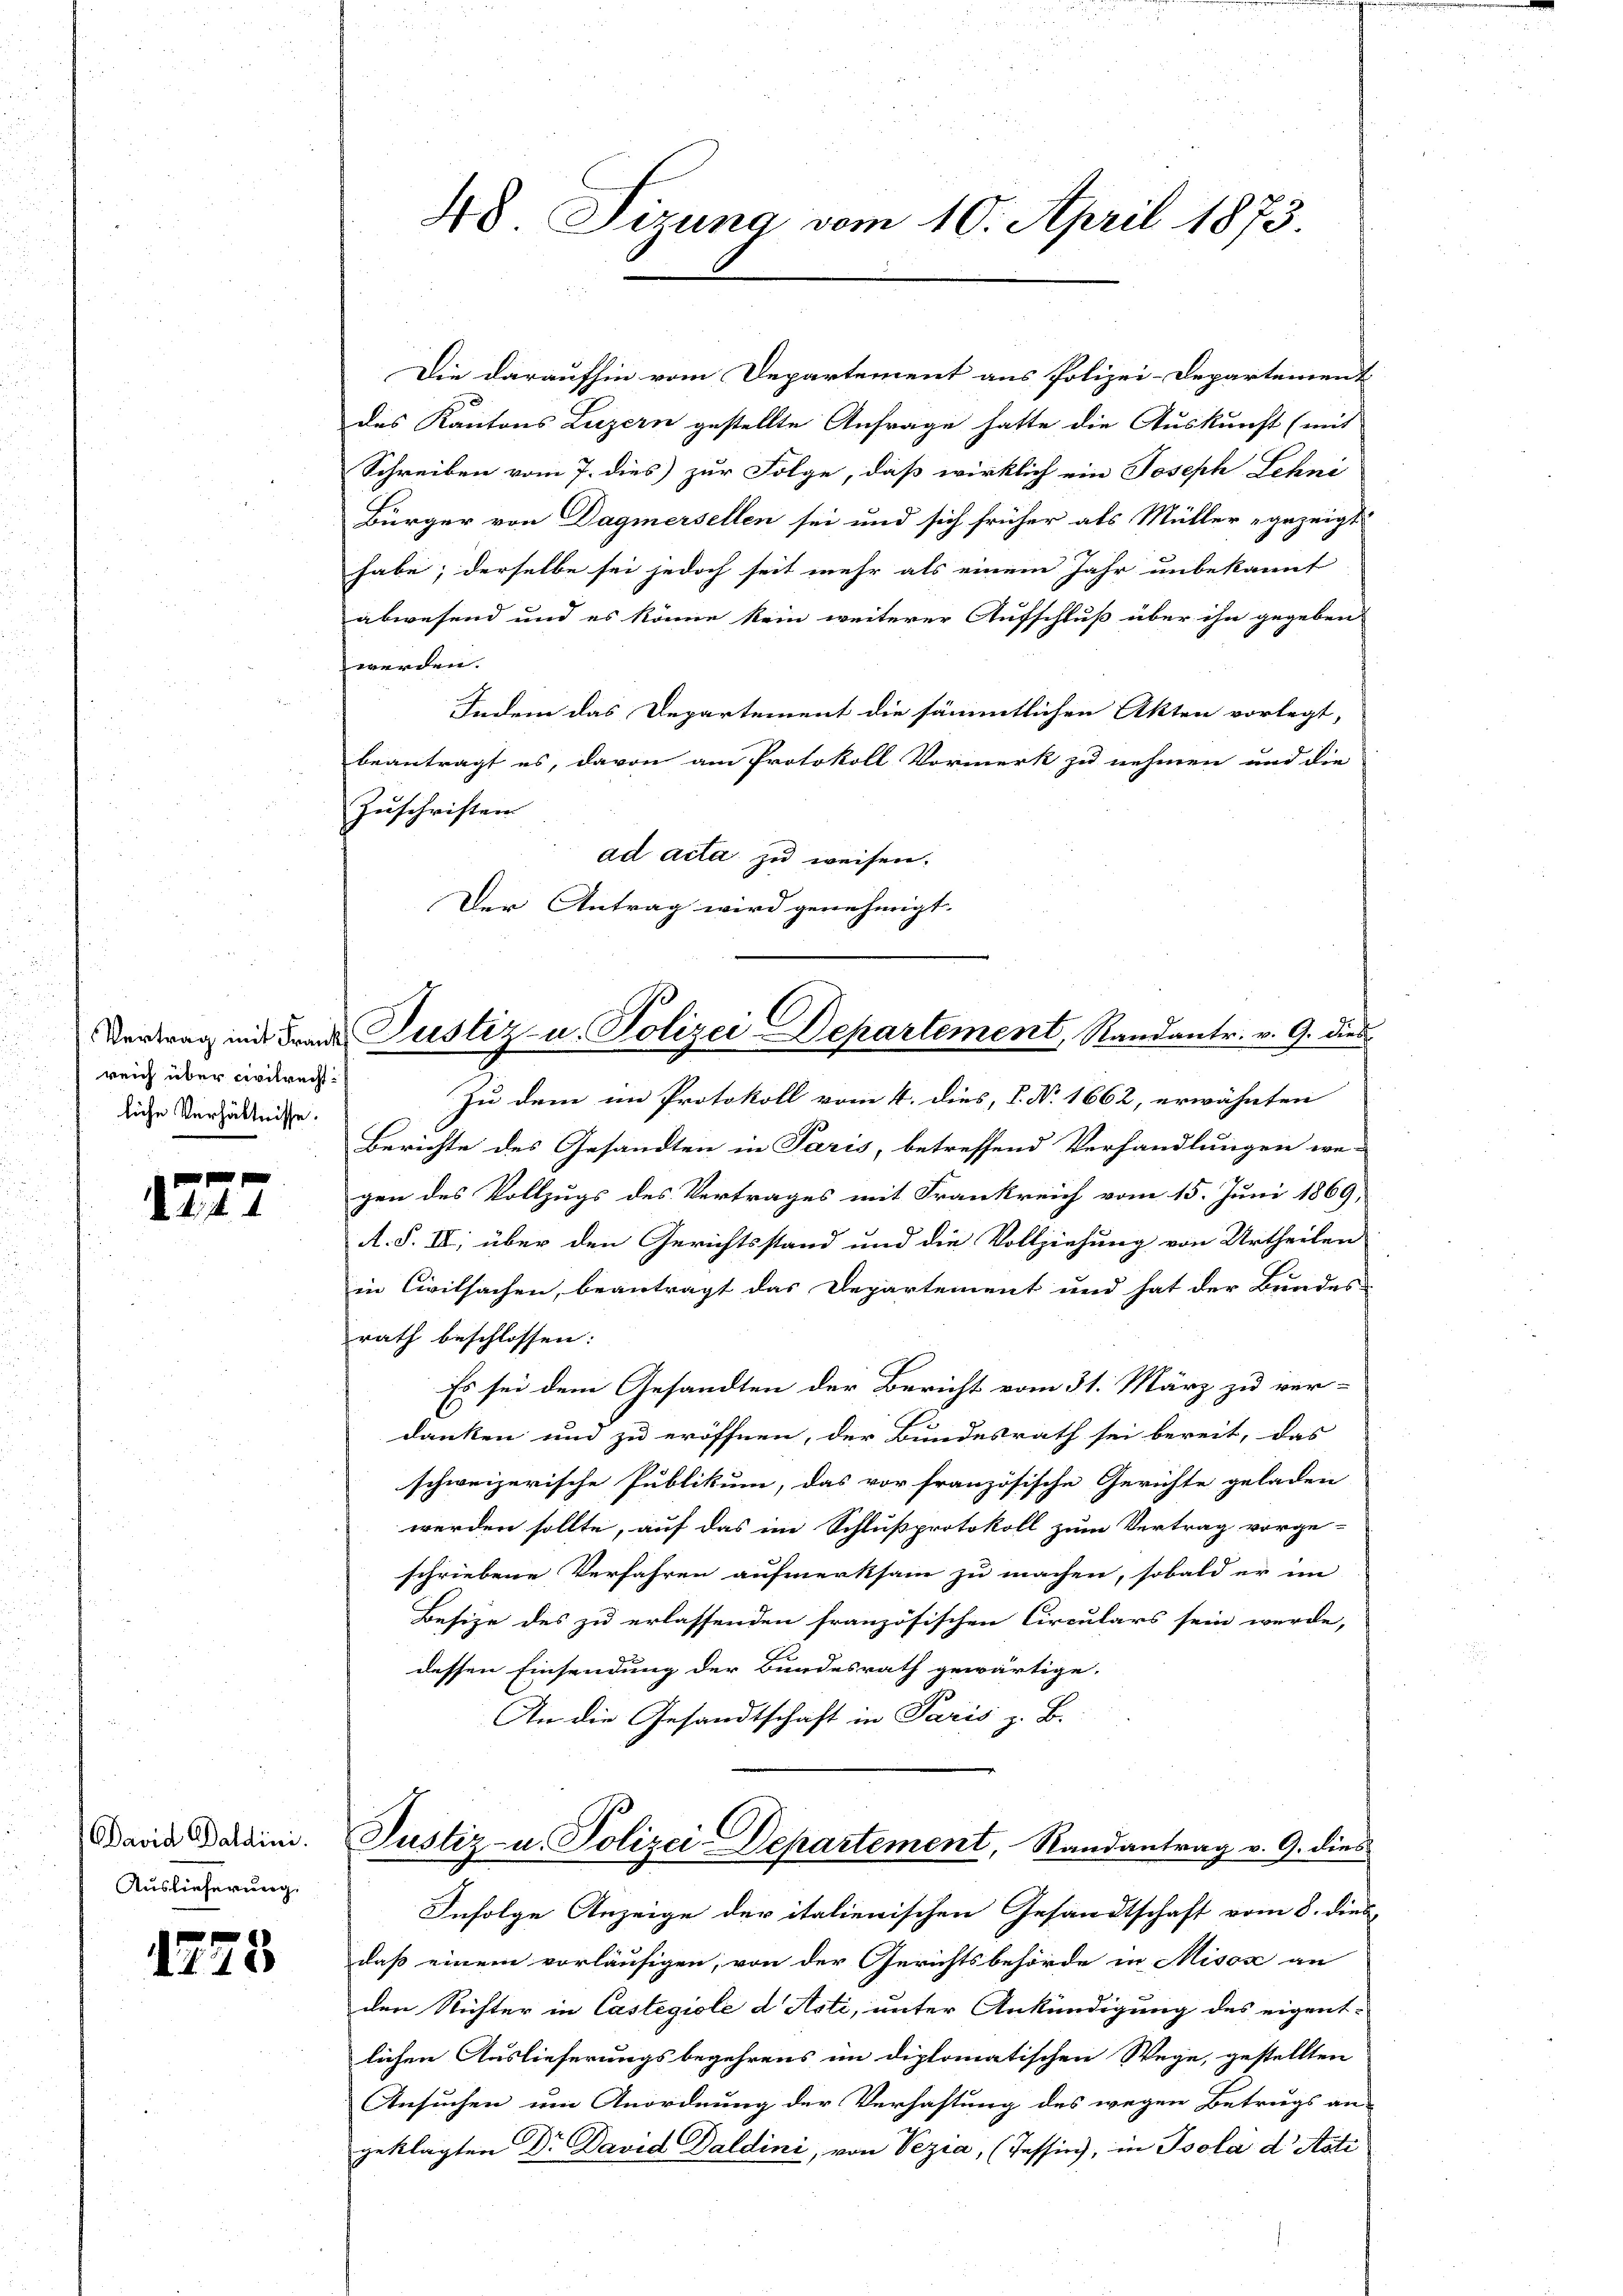
Vertrag mit Frank
reich über civilrechtliche Verhältnisse.

1772

David Baldini.
Auslieferung.

1778

Die daraufhin vom Departement aus Polizei-Departement
des Kantons Luzern gestellte Anfrage hatte die Auskunft (mit
Schreiben vom 7. dies zur Folge, daß wirklich ein Joseph Lehni
Bürger von Dagmersellen sei und sich früher als Müller gezeigt
habe; derselbe sei jedoch seit mehr als einem Jahr unbekannt
abwesend und es könne kein weiterer Aufschluß über ihn gegeben
werden.
Indem das Departement die sämmtlichen Akten vorlegt,
beantragt es, davon am Protokoll Vormerk zu nehmen und die
Zuschriften
ad acta zu weisen.
Der Antrag wird genehmigt. |

48 Sizung vom 10. April 1873

Zu dem im Protokoll vom 4. dies, P. Nr. 1662, erwähnten
Berichte des Gesandten in Paris, betreffend Verhandlungen we-
gen des Vollzugs des Vertrages mit Frankreich vom 15. Juni 1869,
A. S. II, über den Gerichtsstand und die Vollziehung von Urtheilen
in Civilsachen, beantragt das Departement und hat der Bundes-
rath beschlossen:
Es sei dem Gesandten der Bericht vom 31. März zu ver-
J
danken und zu eröffnen, der Bundesrath sei bereit, das
schweizerische Publikum, das vor französische Gerichte geladen
werden sollte, auf das in Schlußprotokoll zum Vertrag vorge-
schriebene Verfahren aufmerksam zu machen, sobald er im
Besize des zu erlassenden französischen Circulars sein werde,
dessen Einsendung der Bundesrath gewärtige.
An die Gesandtschaft in Paris z. B.
Justiz- u. Polizei-Departement, Randantrag v. G. dies
Infolge Anzeige der italienischen Gesandtschaft vom 8. dies
daß einem vorläufigen, von der Gerichtsbehörde in Misox an
den Nichter in Castegiole d Asti, unter Ankündigung des eigent-
lichen Auslieferungsbegehrens im diplomatischen Wege, gestellten
Ansuchen um Anordnung der Verhaftung des wegen Betrugs an-
geklagten Dr. David Daldini, von Vezia, (Tessin, in Psola d Asti

Justiz- u. Polizei Departement, Randantr. v. 9. dies